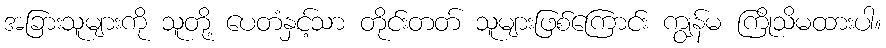
အခြားသူများကို သူတို့ ပေတံနှင့်သာ တိုင်းတတ် သူများဖြစ်ကြောင်း ကျွန်မ ကြိုသိမထားပါ။